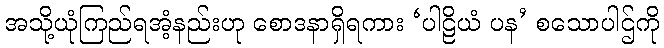
အသို့ယုံကြည်ရအံ့နည်းဟု စောဒနာရှိရကား ‘ပါဠိယံ ပန’ စသောပါဌ်ကို